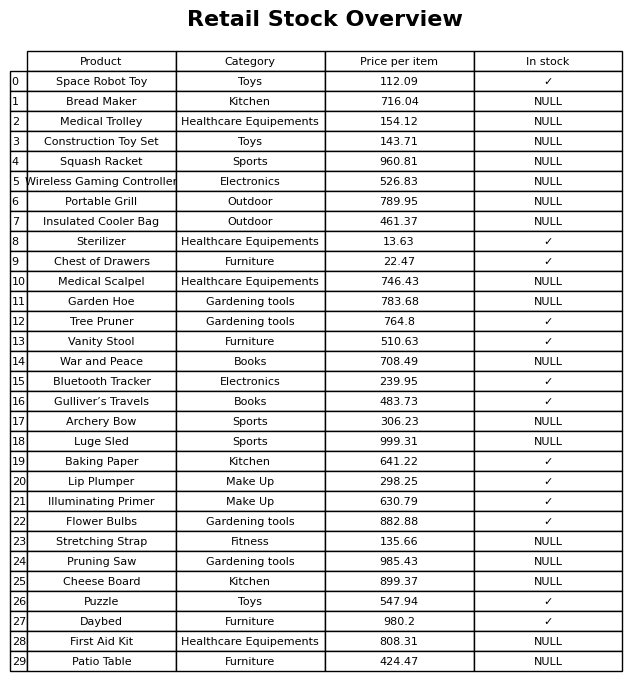
question: What is the price for Archery Bow?
answer: The price of Archery Bow is 306.23.